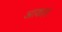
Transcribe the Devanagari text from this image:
अाकार